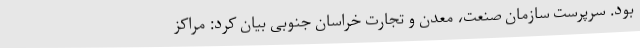
بود. سرپرست سازمان صنعت، معدن و تجارت خراسان جنوبی بیان کرد: مراکز